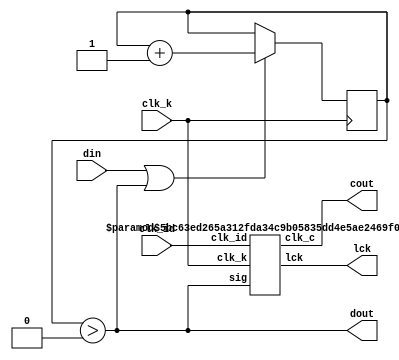
`timescale 1ns / 1ps
//////////////////////////////////////////////////////////////////////////////////
// Company: 
// Engineer: 
// 
// Design Name: 
// Module Name:    pll 
// Project Name: 
// Target Devices: 
// Tool versions: 
// Description: 
//
// Dependencies: 
//
// Revision: 
// Revision 0.01 - File Created
// Additional Comments: 
//
//////////////////////////////////////////////////////////////////////////////////
// http://www.ti.com/lit/ds/symlink/sn74ls297.pdf
// http://fpga4fun.com/Counters1.html

module mfm_pll #(
  parameter F_K  = 32_000_000,
  parameter F_ID = 16_000_000
) (
  input  wire clk_k,
  input  wire clk_id,
  input  wire din,
  output wire dout,
  output wire cout,
  output wire lck
);
  parameter F_C = 500_000; // MF Data rate
  
  // Signal conditioner
  reg [$clog2(F_K/F_C)-2:0] sig_count = 0;
  always @ ( posedge clk_k ) begin
    if( din | ( sig_count > 0 ) ) begin
      sig_count <= sig_count + 1;
    end
  end
  assign dout = sig_count > 0;
  
  // PLL
  pll #( .F_K(F_K), .F_ID(F_ID), .F_C(F_C) ) PLL_Obj (
    .clk_k( clk_k ),
    .clk_id( clk_id ),
    .sig( dout ),
    .clk_c( cout ),
    .lck( lck )
  );
endmodule

module pll #(
  // Clock frequencies must be powers of two
  parameter F_K   = 32_000_000,
  parameter F_ID  = 16_000_000,
  parameter F_C   =    500_000
) (
  input  wire clk_k,
  input  wire clk_id,
  input  wire sig,
  output wire clk_c,
  output reg  lck     = 0
);
  parameter M      = F_K  / F_C;     // K multiplier              64
  parameter N      = F_ID / F_C / 2; // N modulo                  16
  parameter K      = M     ;         // K modulo                  32
  parameter K_BITS = $clog2(K);      // K number of counter bits
  parameter N_BITS = $clog2(N);      // N number of counter bits

  // TODO: OPTIMIZE COUNTERS
  // Input signal may be short pulses so we smooth them out to be half an F_C period long
  
  // Only enable the K counter directly after a signal and hold it for half an F_C period since
  // adjusting during an MFM zero would be bad
  reg [$clog2(M)-1:0] en_count = 0;
  always @ ( posedge clk_k ) begin
    if( sig | ( en_count > 0 ) ) begin
      en_count <= en_count + 1;
    end
  end
  wire en = ( en_count > 0 );

  wire carry, borrow, id;         // Module interconnections
  wire edgedet = ~(sig ^ clk_c);  // Edge detector
  
  pll_k      #( .K_BITS(K_BITS) ) K_MODULE  ( .clk(clk_k),  .enable(en),    .down(edgedet), .carry(carry), .borrow(borrow) );
  pll_id                          ID_MODULE ( .clk(clk_id), .inc(carry),    .dec(borrow),   .out(id)                       );
  pll_divbyn #( .N_BITS(N_BITS) ) DN_MODULE ( .clk(id),     .out(clk_c)                                                    );
  
  always @ ( posedge clk_c ) begin
    if( en )
      lck <= sig;
    else
      lck <= lck;
  end
endmodule

// Divide-by-N counter
module pll_divbyn #(
  parameter N_BITS  = 3// 2^N_BITS ticks for one period
) (
  input  wire clk,
  output wire out
);
  reg [N_BITS-1:0] u = 0;
  always @ (posedge clk) begin
    u <= u + 1;
  end
  assign out = u[N_BITS-1];
endmodule

// K Counter
module pll_k #(
  parameter K_BITS = 4// 2^K_BITS resolution for one period
)(
  input  wire       clk,
  input  wire       enable,
  input  wire       down,
  output reg        carry  = 0,
  output reg        borrow = 0
);
  reg  [K_BITS-1:0] u      = 0;
  reg  [K_BITS-1:0] d      = 0;
  wire [K_BITS:0]   u_next = u[K_BITS-1:0] + 1;
  wire [K_BITS:0]   d_next = d[K_BITS-1:0] + 1;
  always @ (posedge clk) begin
    if( enable ) begin
      u <= ~down ? u_next : u;
      d <=  down ? d_next : d;
      carry  <= u_next[K_BITS];
      borrow <= d_next[K_BITS];
    end
  end
endmodule
  
// I/D Module
module pll_id(
  input  wire clk, 
  input  wire inc, 
  input  wire dec,
  output reg  out
);
  reg [3:0] si  = 0;
  reg [3:0] sd  = 0;
  reg       jko = 0;
  
  always @ ( negedge clk ) begin
    si <= { ( ~si[0] & si[1] | ~si[1] & si[2] ) &  jko, si[1], si[0], inc };
    sd <= { ( ~sd[0] & sd[1] | ~sd[1] & sd[2] ) & ~jko, sd[1], sd[0], dec };
    case({ ~si[3], ~sd[3] })
      2'b0_0: jko <= jko;
      2'b0_1: jko <= 0;
      2'b1_0: jko <= 1;
      2'b1_1: jko <= ~jko;
    endcase
  end
  always @ ( clk ) begin
    out <= ~( jko | clk );
  end
endmodule